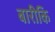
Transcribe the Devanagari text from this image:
बारीकि